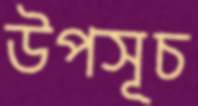
উপসূচ